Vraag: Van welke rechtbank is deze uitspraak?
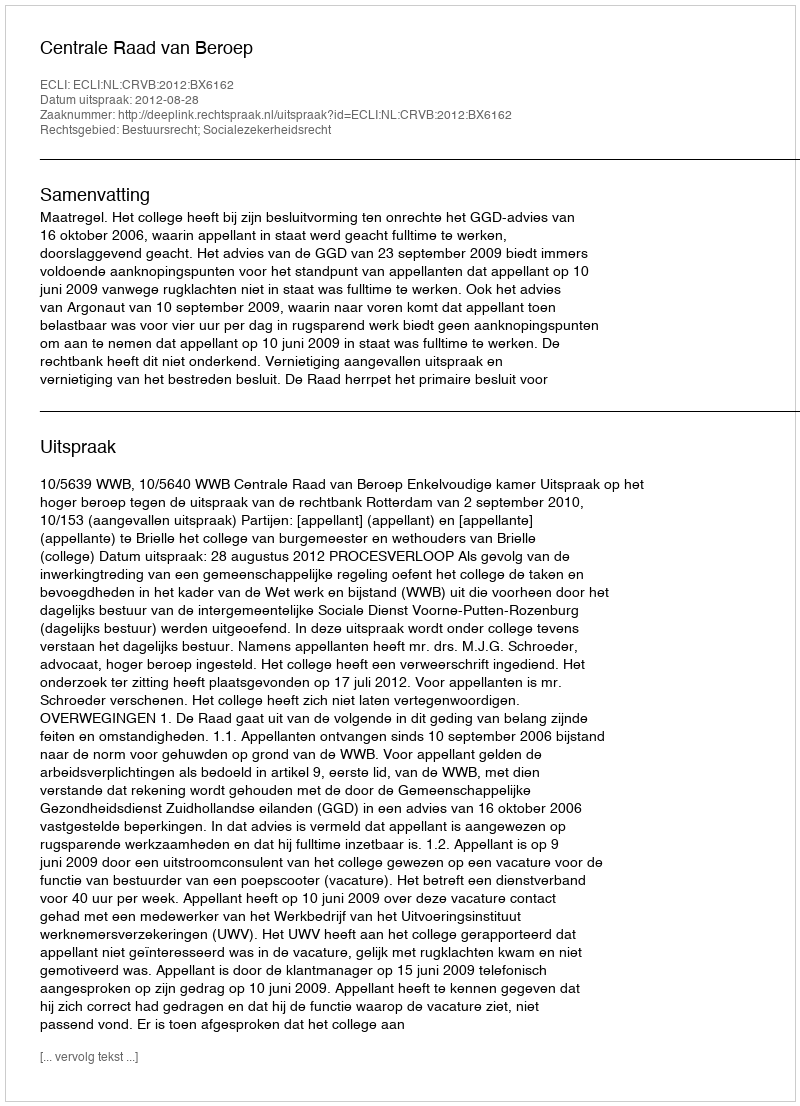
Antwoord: Centrale Raad van Beroep